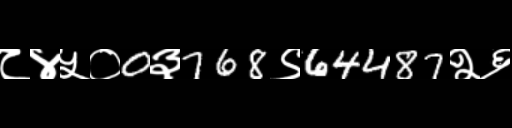
Text: ८४५०0३768९64487२६